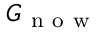
G _ { \mathrm { ~ n ~ o ~ w ~ } }